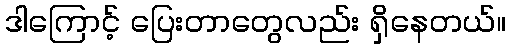
ဒါကြောင့် ပြေးတာတွေလည်း ရှိနေတယ်။